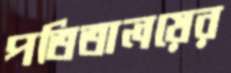
পতিতালয়ের